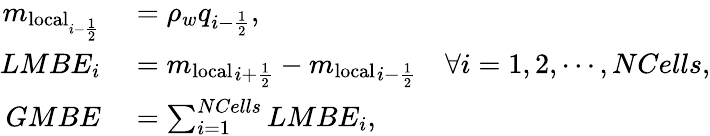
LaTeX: \begin{array}{rl}{m_{\mathrm{local}_{i-\frac{1}{2}}}}&{{}=\rho_{w}q_{i-\frac{1}{2}},}\\ {LMBE_{i}}&{{}={m_{\mathrm{local}}}_{i+\frac{1}{2}}-{m_{\mathrm{local}}}_{i-\frac{1}{2}}\quad\forall i=1,2,\cdots,NCells,}\\ {GMBE}&{{}=\sum_{i=1}^{NCells}LMBE_{i},}\end{array}